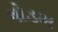
ષોડમ